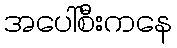
အပေါ်စီးကနေ